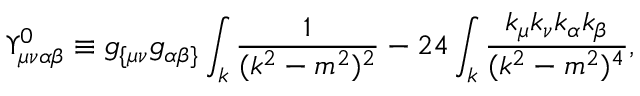
\Upsilon _ { \mu \nu \alpha \beta } ^ { 0 } \equiv g _ { \{ \mu \nu } g _ { \alpha \beta \} } \int _ { k } \frac { 1 } { ( k ^ { 2 } - m ^ { 2 } ) ^ { 2 } } - 2 4 \int _ { k } \frac { k _ { \mu } k _ { \nu } k _ { \alpha } k _ { \beta } } { ( k ^ { 2 } - m ^ { 2 } ) ^ { 4 } } ,